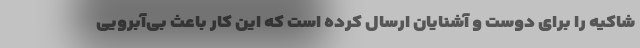
شاکیه را برای دوست و آشنایان ارسال کرده است که این کار باعث بی‌آبرویی